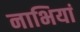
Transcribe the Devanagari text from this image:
नाभियां